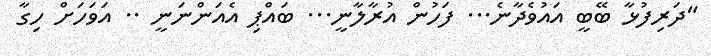
"ދަރިފުޅާ ބޭބީ އައުވެދާނެ... ފަހުން އުރާލާނީ... ބައްޕި އެއަންނަނީ .. އަވަހަށް ހިގާ